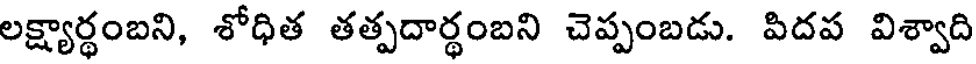
లక్ష్యార్థంబని, శోధిత తత్పదార్థంబని చెప్పంబడు. పిదప విశ్వాది